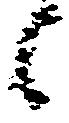
候